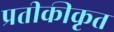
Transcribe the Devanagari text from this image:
प्रतीकीकृत